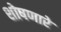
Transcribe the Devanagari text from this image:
शोषणारे